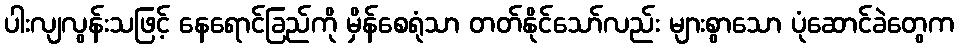
ပါးလျလွန်းသဖြင့် နေရောင်ခြည်ကို မှိန်စေရုံသာ တတ်နိုင်သော်လည်း များစွာသော ပုံဆောင်ခဲတွေက